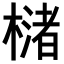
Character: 𣚫